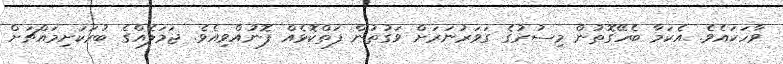
ވާހަކައެވެ. އެކަމާ ބެހޭގޮތުން މިސުރުގެ ގަވަރުނަރަށް ވަގުތުން ފަތްކޮޅެއް ފޮނުއްވިއެވެ. ޖަމަލެއްގެ ބުރަކަށިމައްޗަށް